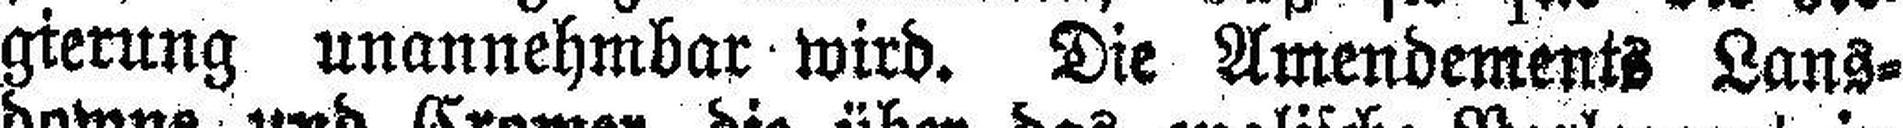
gierung unannehmbar wird. Die Amendements Lans¬